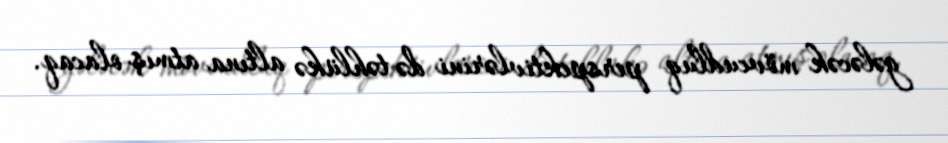
gələcək mövcudluq perspektivlərini də təhlükə altına atmış olacaq.